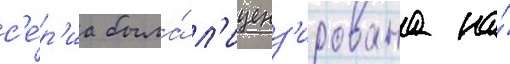
с'е́р'иа была́ л'иценз'ирована на́